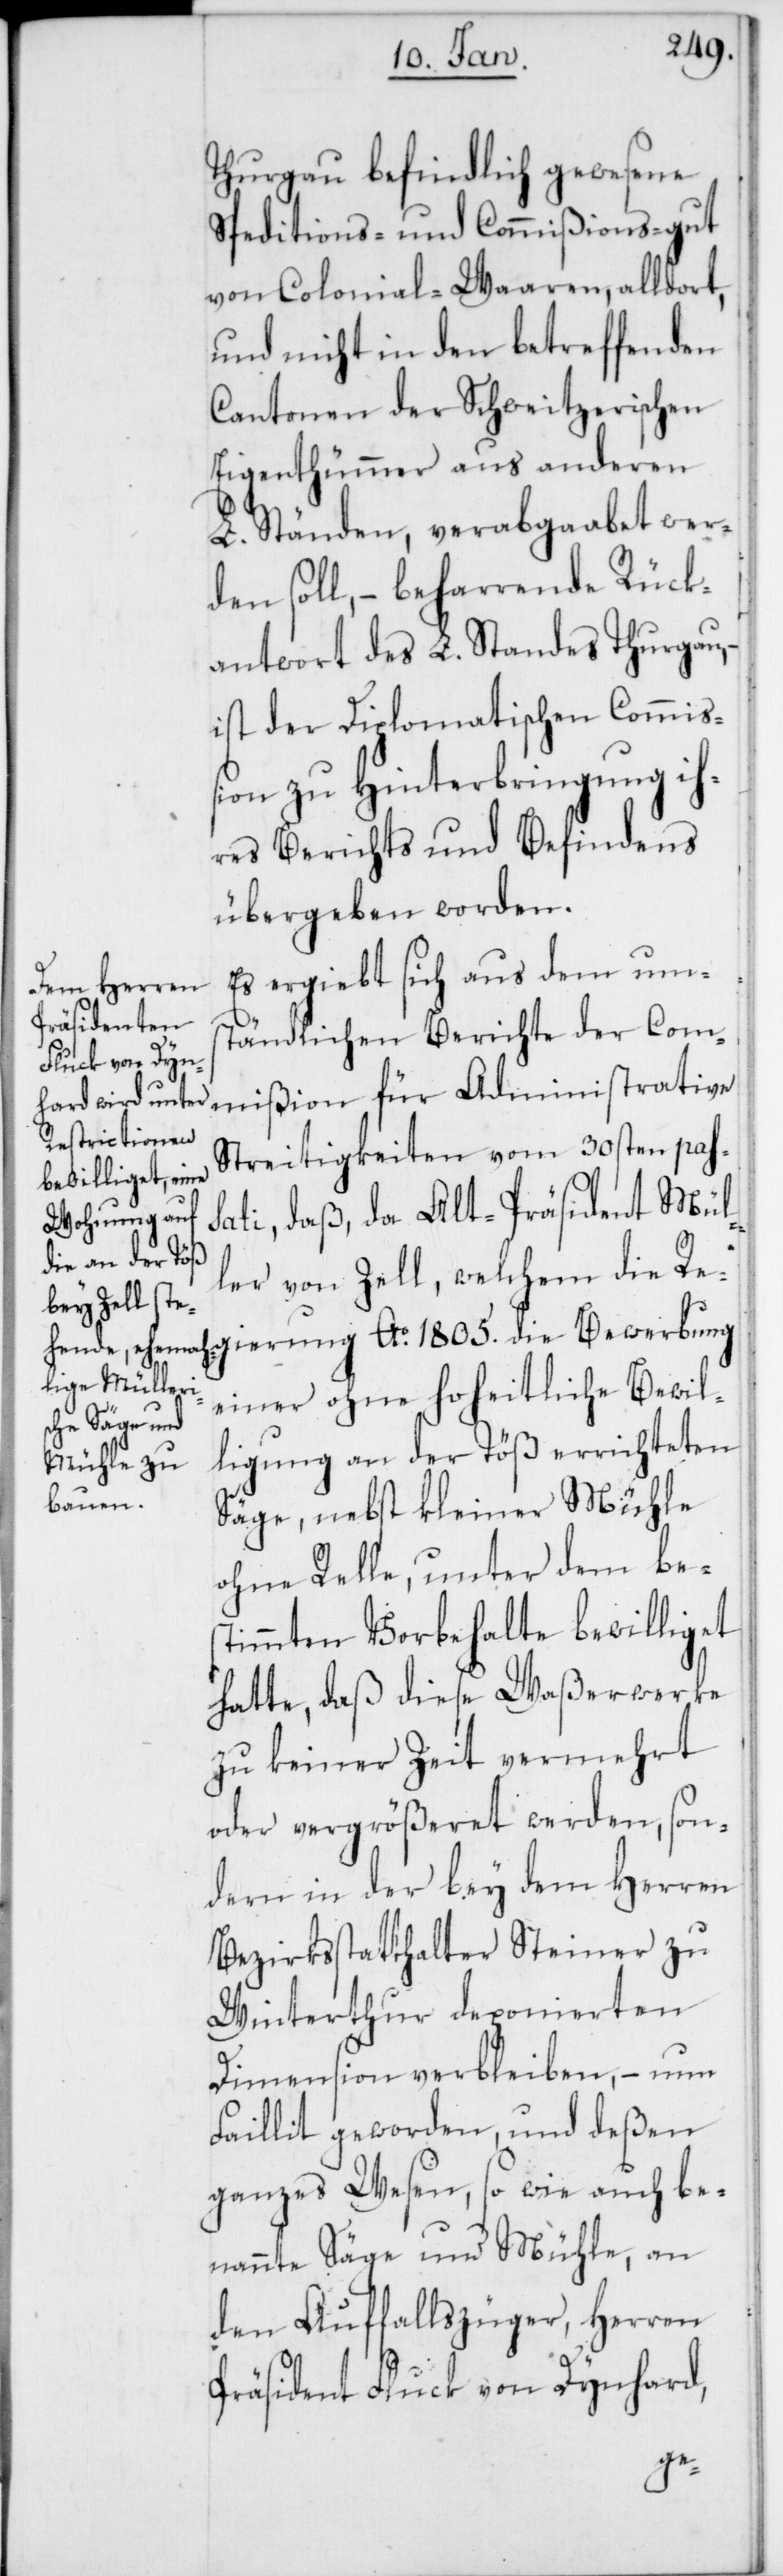
Thurgau befindlich gewesene
Speditions- und Commißions-gut
von Colonial-Waaren, alldort,
und nicht in den betreffenden
Cantonen der Schweizerischen
Eigenthümer aus anderen
L. Ständen, verabgaabet wer¬
den soll, – beharrende Rück¬
antwort des L. Standes Thurgau,
ist der Diplomatischen Commiß¬
ion zu Hinterbringung ih¬
res Berichts und Befindens
übergeben worden.
Es ergiebt sich aus dem ums¬
tändlichen Berichte der Commi¬
Streitigkeiten vom 30sten pas¬
sati, daß da Alt-Präsident Mül¬
ler von Zell, welchem die Re¬
gierung Ao. 1805. die Bewerbung
einer ohne hoheitliche Bewil¬
ligung an der Töß errichteten
Säge, nebst kleiner Mühle
ohne Relle, unter dem bes¬
timmten Vorbehalte bewilliget
hatte, daß diese Waßerwerke
zu keiner Zeit vermehrt
oder vergrößeret werden, son¬
dern in der bey dem Herren
Bezirksstatthalter Steiner zu
Winterthur deponierten
Dimension verbleiben, – nun
Faillit geworden, und deßen
ganzes Wesen, so wie auch be¬
nannte Säge und Mühle, an
den Auffallszüger, Herren
Präsident Fluck von Dynhard,
ßion